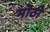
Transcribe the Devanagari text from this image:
मॊठी